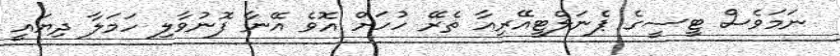
ނަމަވެސް ޓީސީގެ ޕެނަލްޓީއޭރިއާ ތެރޭ ހުހަށް އޮވެ އޭނާ ފޮނުވާލި ހަމަލާ ދިޔައީ